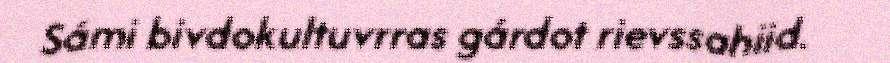
Sámi bivdokultuvrras gárdot rievssahiid.